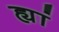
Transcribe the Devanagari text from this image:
ह्यां